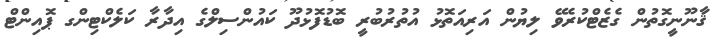
ޤާނޫނީގޮތުން ގެޒެޓްކުރެވޭ ލިޔުން އަރިއަތޮޅު އުތުރުބުރީ ބޮޑުފޮޅުދޫ ކައުންސިލްގެ އިދާރާ ކަލެކްޓިންގ ޕޮއިންޓް